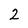
Character: 2